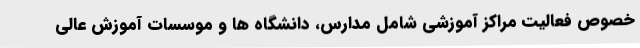
خصوص فعالیت مراکز آموزشی شامل مدارس، دانشگاه ها و موسسات آموزش عالی